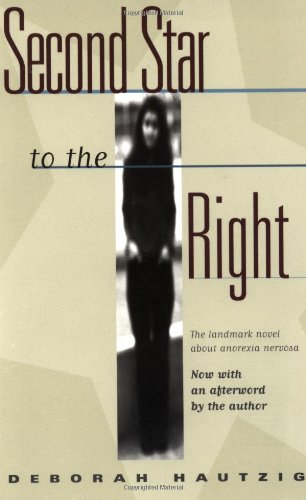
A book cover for Second Star to the Right; Deborah Hautzig; Health, Fitness & Dieting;